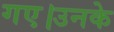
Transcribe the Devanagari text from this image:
गए।उनके